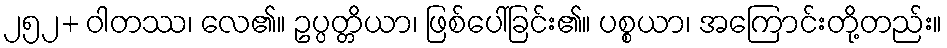
၂၅၂+ ဝါတဿ၊ လေ၏။ ဥပ္ပတ္တိယာ၊ ဖြစ်ပေါ်ခြင်း၏။ ပစ္စယာ၊ အကြောင်းတို့တည်း။